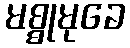
မစ္စုမုခေ